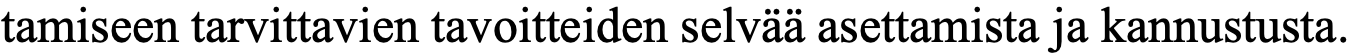
tamiseen tarvittavien tavoitteiden selvää asettamista ja kannustusta.